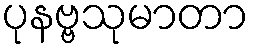
ပုနဗ္ဗသုမာတာ